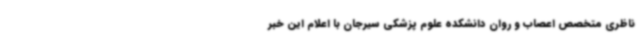
ناظری متخصص اعصاب و روان دانشکده علوم پزشکی سیرجان با اعلام این خبر